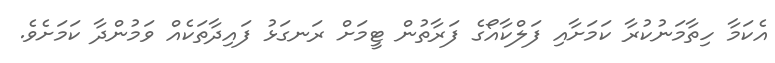
އެކަމާ ހިތާމަނުކުރާ ކަމަށާއި ފަލްކާއޯގެ ފަރާތުން ޓީމަށް ރަނގަޅު ފައިދާތަކެއް ވަމުންދާ ކަމަށެވެ.